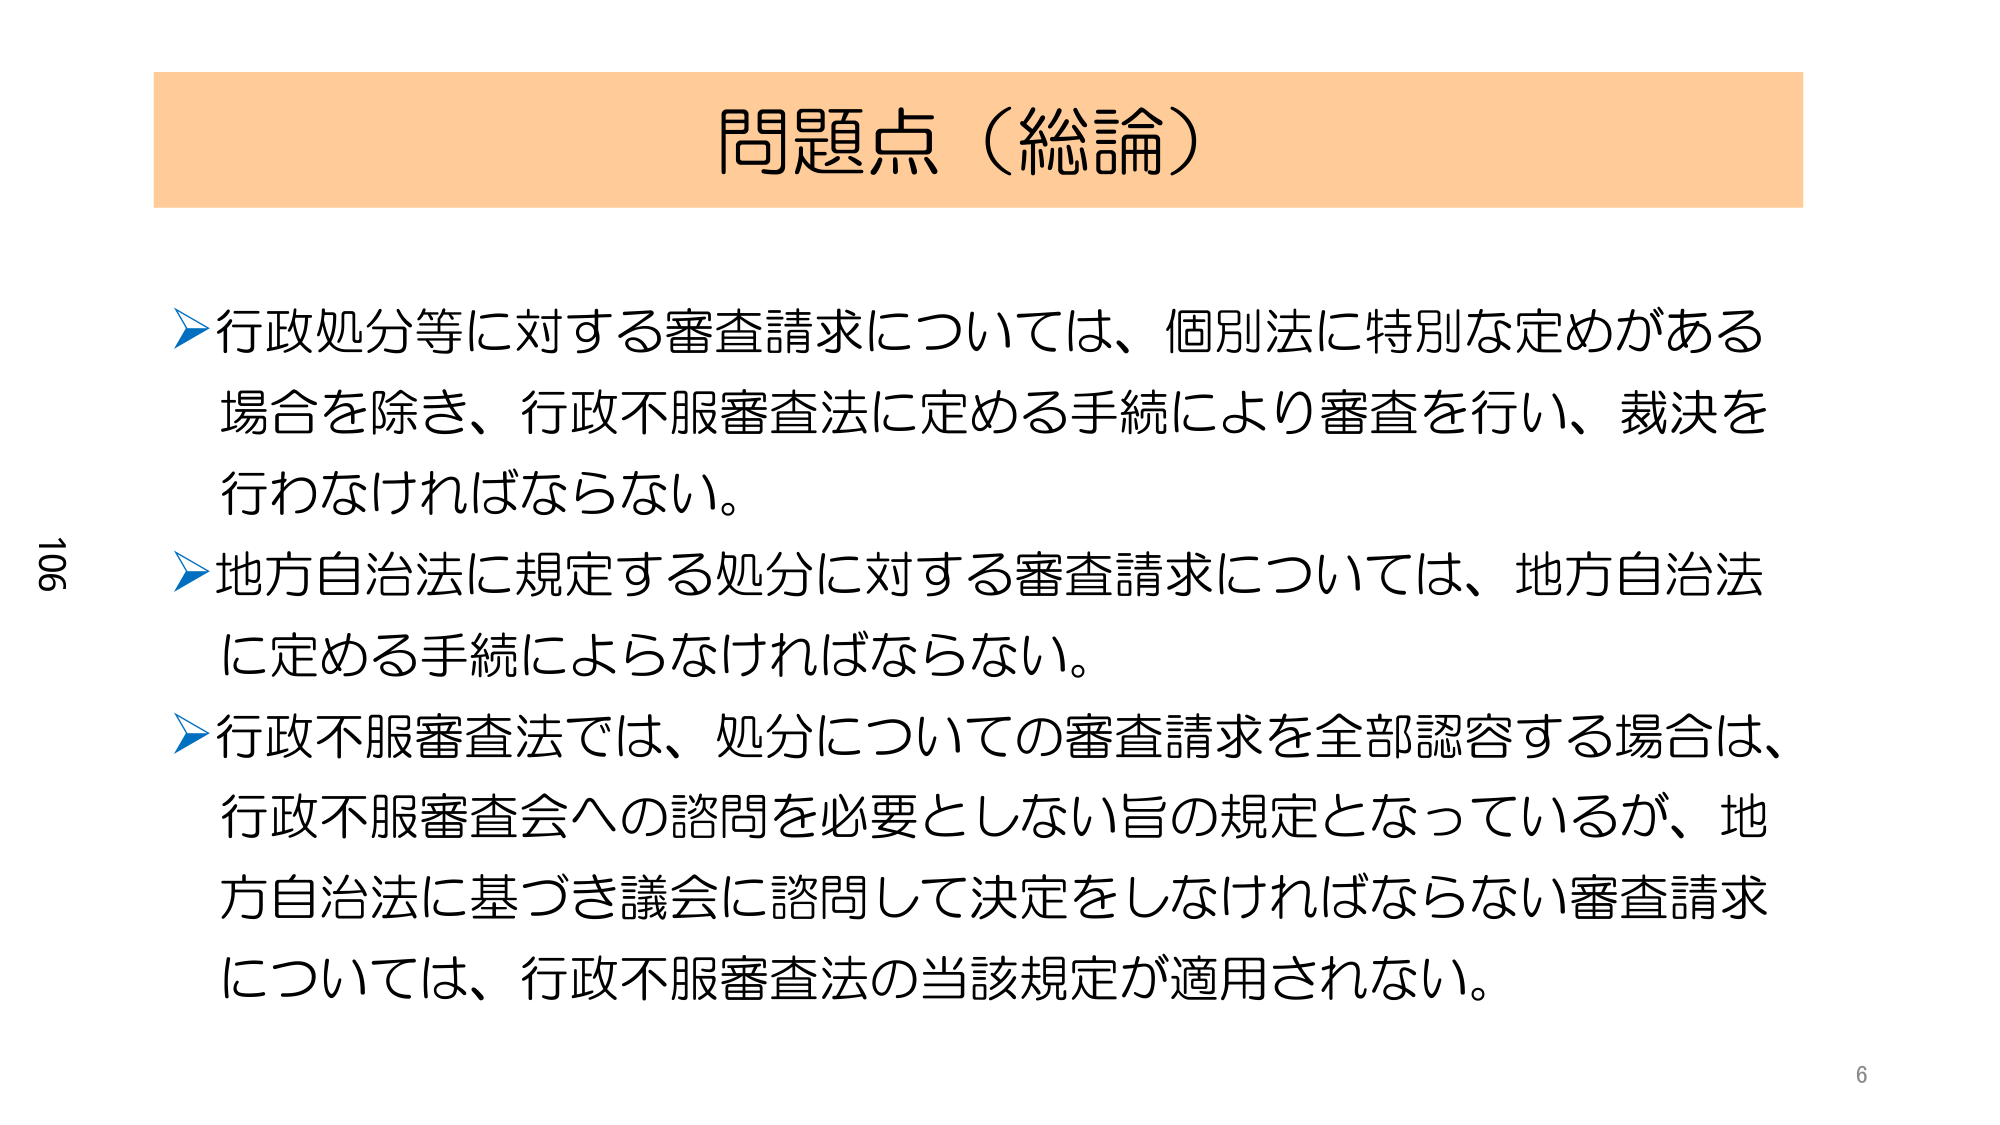
問題点（総論）

▶行政処分等に対する審査請求については、個別法に特別な定めがある場合を除き、行政不服審査法に定める手続により審査を行い、裁決を行わなければならない。

▶地方自治法に規定する処分に対する審査請求については、地方自治法に定める手続によらなければならない。

▶行政不服審査法では、処分についての審査請求を全部認容する場合は、行政不服審査会への諮問を必要としない旨の規定となっているが、地方自治法に基づき議会に諮問して決定をしなければならない審査請求については、行政不服審査法の当該規定が適用されない。

106
6